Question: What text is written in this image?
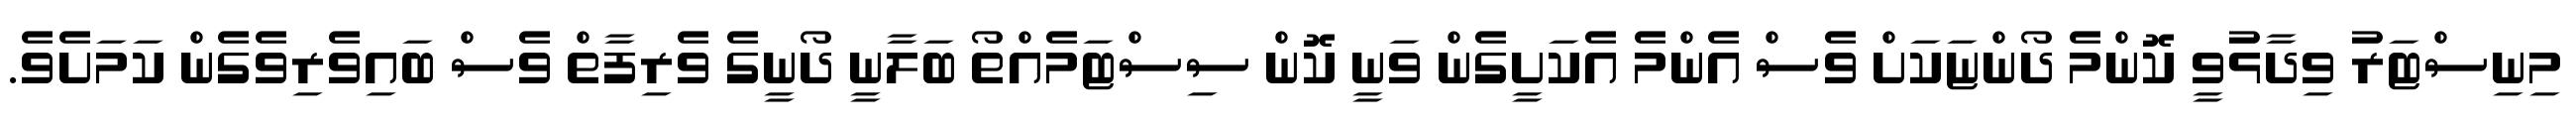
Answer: މިނިސްޓަރު ވިދާޅުވީ ކޮންމެ ދޯންޏަކަށް ވެސް އެންމެ އެކަށީގެން ވަނީ ކޮން ސިސްޓަމެއްތޯ ބަލާނީ ދޯނީގެ ވެރިފާތް ވެސް ބައިވެރިވެގެން ކަމަށެވެ.